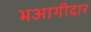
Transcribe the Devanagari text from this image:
भआगीदार